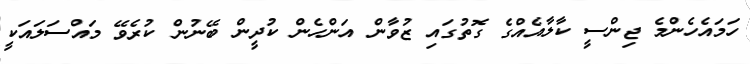
ހަމައެހެންމެ ޖިންސީ ކާލާއެއްގެ ގޮތުގައި ޒުވާން އަންހެން ކުދީން ބޭނުން ކުރެވޭ މައްސަލައަކީ